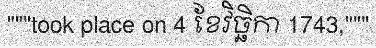
"""took place on 4 ខែវិច្ឆិកា 1743,"""